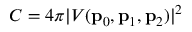
C = 4 \pi | V ( \mathbf { p } _ { 0 } , \mathbf { p } _ { 1 } , \mathbf { p } _ { 2 } ) | ^ { 2 }